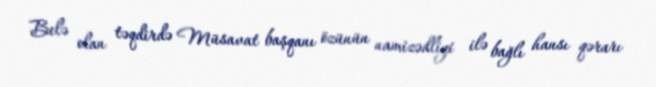
Belə olan təqdirdə Müsavat başqanı özünün namizədliyi ilə bağlı hansı qərarı